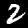
Label: 2